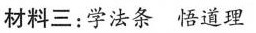
材料三:学法条 悟道理